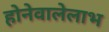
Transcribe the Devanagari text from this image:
होनेवालेलाभ